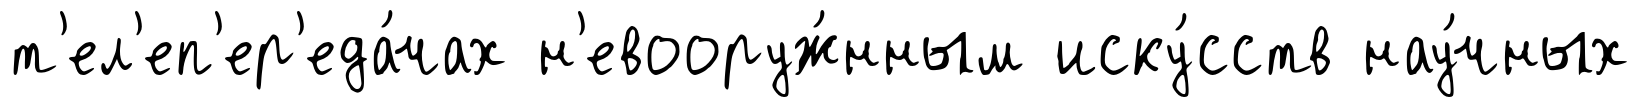
т'ел'еп'ер'еда́чах н'евооруж́нным иску́сств нау́чных